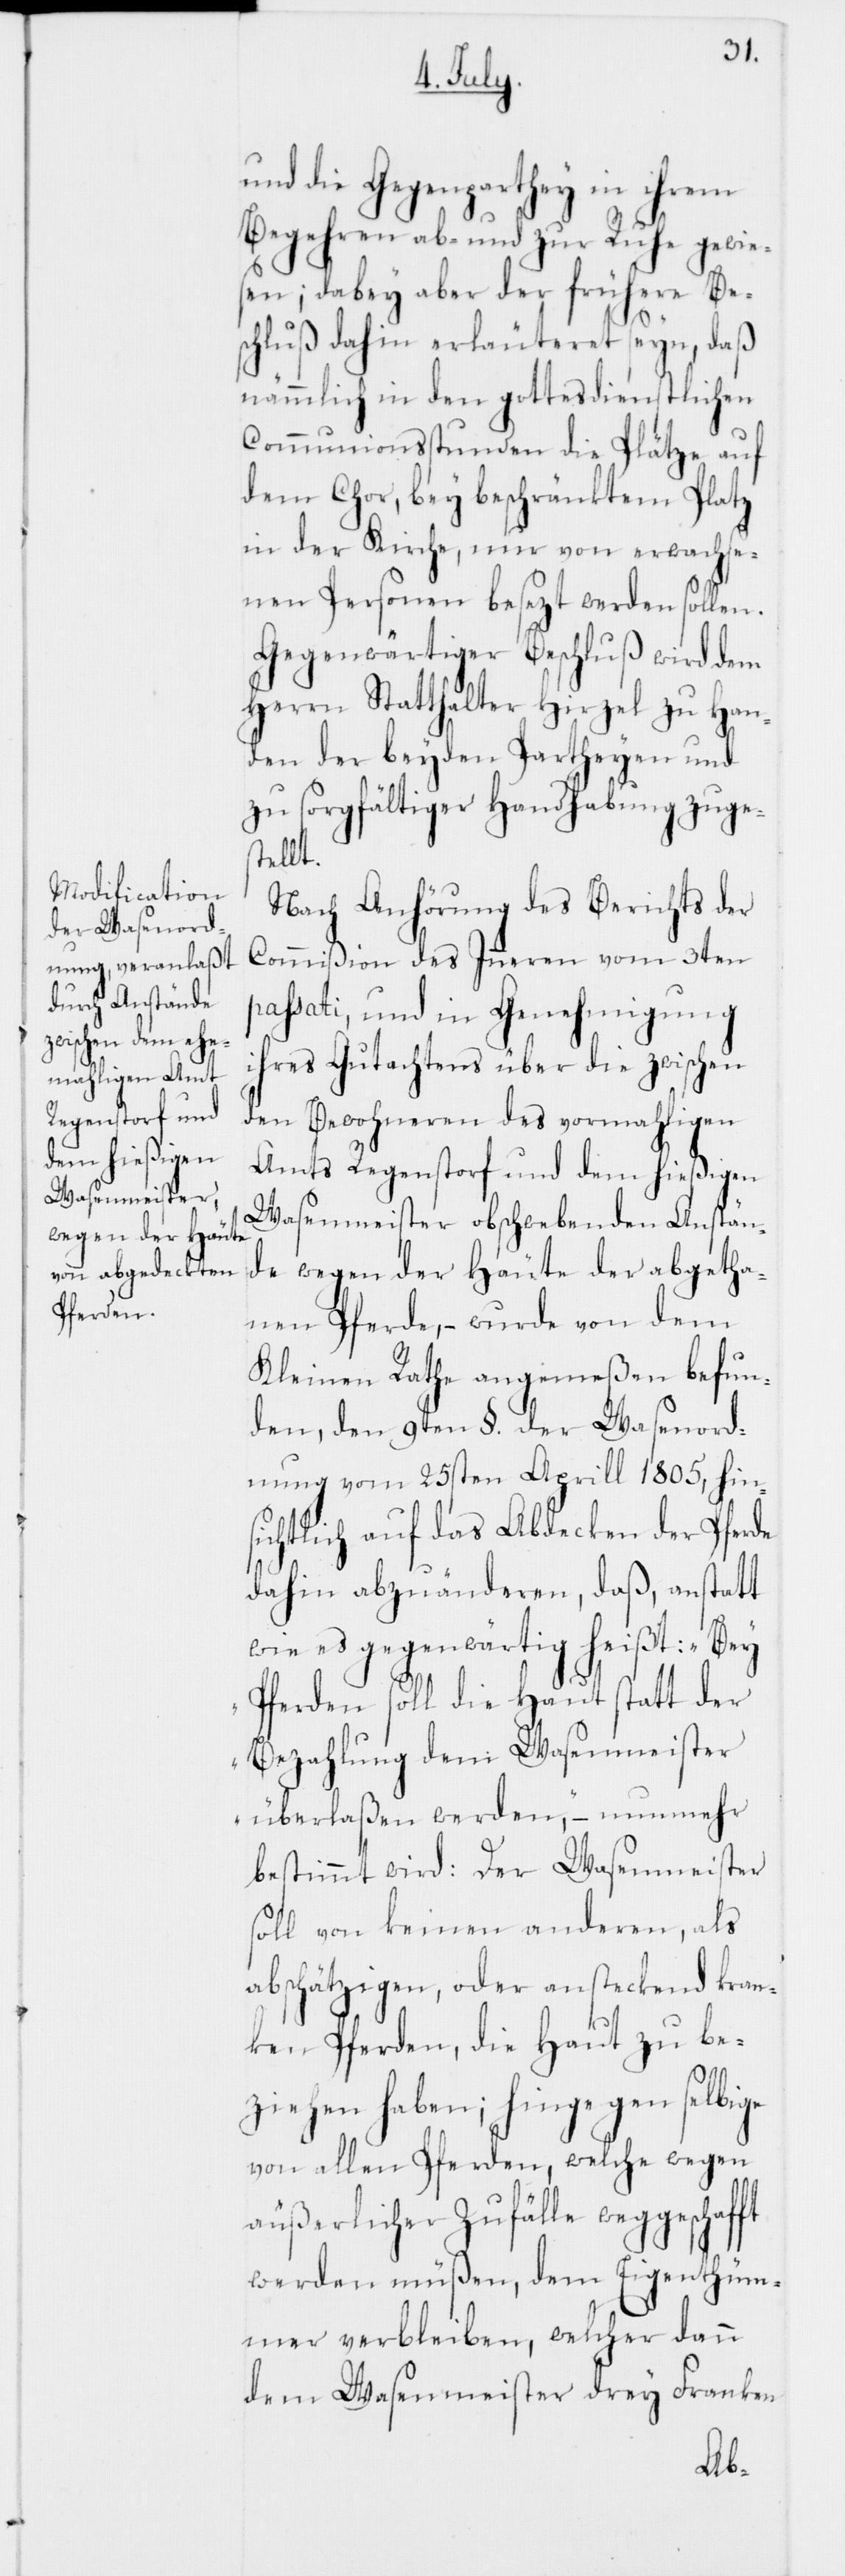
und die Gegenparthey in ihrem
Begehren ab- und zur Ruhe gewies¬
en; dabey aber der frühere Be¬
schluß dahin erläuteret seyn, daß
nämmlich in den gottesdienstlichen
Communionsstunden die Plätze auf
dem Chor, bey beschränktem Platz
in der Kirche, nur von erwachse¬
nen Personen besezt werden sollen.
Gegenwärtiger Beschluß wird dem
Herrn Statthalter Hirzel zu Han¬
den der beyden Partheyen und
zu sorgfältiger Handhabung zuges¬
ft
Nach Anhörung des Berichts der
Commißion des Inneren vom 3ten
passati, und in Genehmigung
ihres Gutachtens über die zwischen
den Bewohneren des vormahligen
Amts Regenstorf und dem hießigen
Wasenmeister obschwebenden Anständ¬
e wegen der Häute der abgetha¬
nen Pferde, – wurde von dem
Kleinen Rathe angemeßen befun¬
den, den 9ten §. der Wasenord¬
nung vom 25sten Aprill 1805, hin¬
sichtlich auf das Abdecken der Pferde
dahin abzuänderen, daß, anstatt
wie es gegenwärtig heißt: „Bey
Pferden soll die Haut statt der
Bezahlung dem Wasenmeister
überlaßen werden,“ – nunmehr
bestimmt wird: Der Wasenmeister
soll von keinen anderen, als
abschätzigen, oder ansteckend kran¬
ken Pferden, die Haut zu be¬
ziehen haben; hingegen selbige
von allen Pferden, welche wegen
äußerlicher Zufälle weggeschaf¬
werden müßen, dem Eigenthüm¬
mer verbleiben, welcher dann
dem Wasenmeister drey Franken